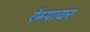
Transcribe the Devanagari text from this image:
ऍम्पायर